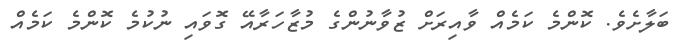
ބަލާށެވެ. ކޮންމެ ކަމެއް ވާއިރަށް ޒުވާނުންގެ މުޒާހަރާއޭ ގޮވައި ނުކުމެ ކޮންމެ ކަމެއް